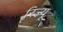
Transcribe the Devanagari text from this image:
रिज्यू